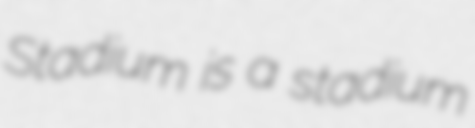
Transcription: Stadium is a stadium